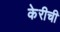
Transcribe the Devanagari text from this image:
केरीची